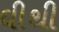
ઘીથી